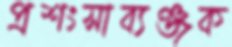
প্রশংসাব্যঞ্জক